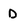
Character: D